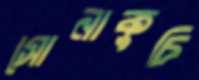
সোনাকুচি